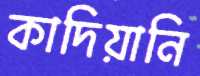
কাদিয়ানি